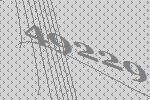
49229